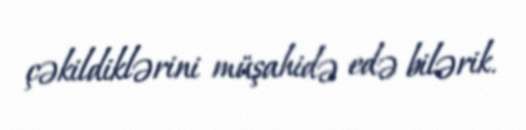
çəkildiklərini müşahidə edə bilərik.